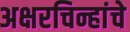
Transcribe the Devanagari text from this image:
अक्षरचिन्हांचे